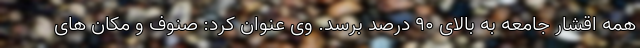
همه اقشار جامعه به بالای ۹۰ درصد برسد. وی عنوان کرد: صنوف و مکان های